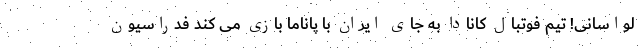
لواسانی! تیم فوتبال کانادا به جای ایران با پاناما بازی می کند فدراسیون